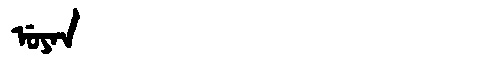
Manchu: ᡠᠶᠠᠨ
Romanization: UYAN